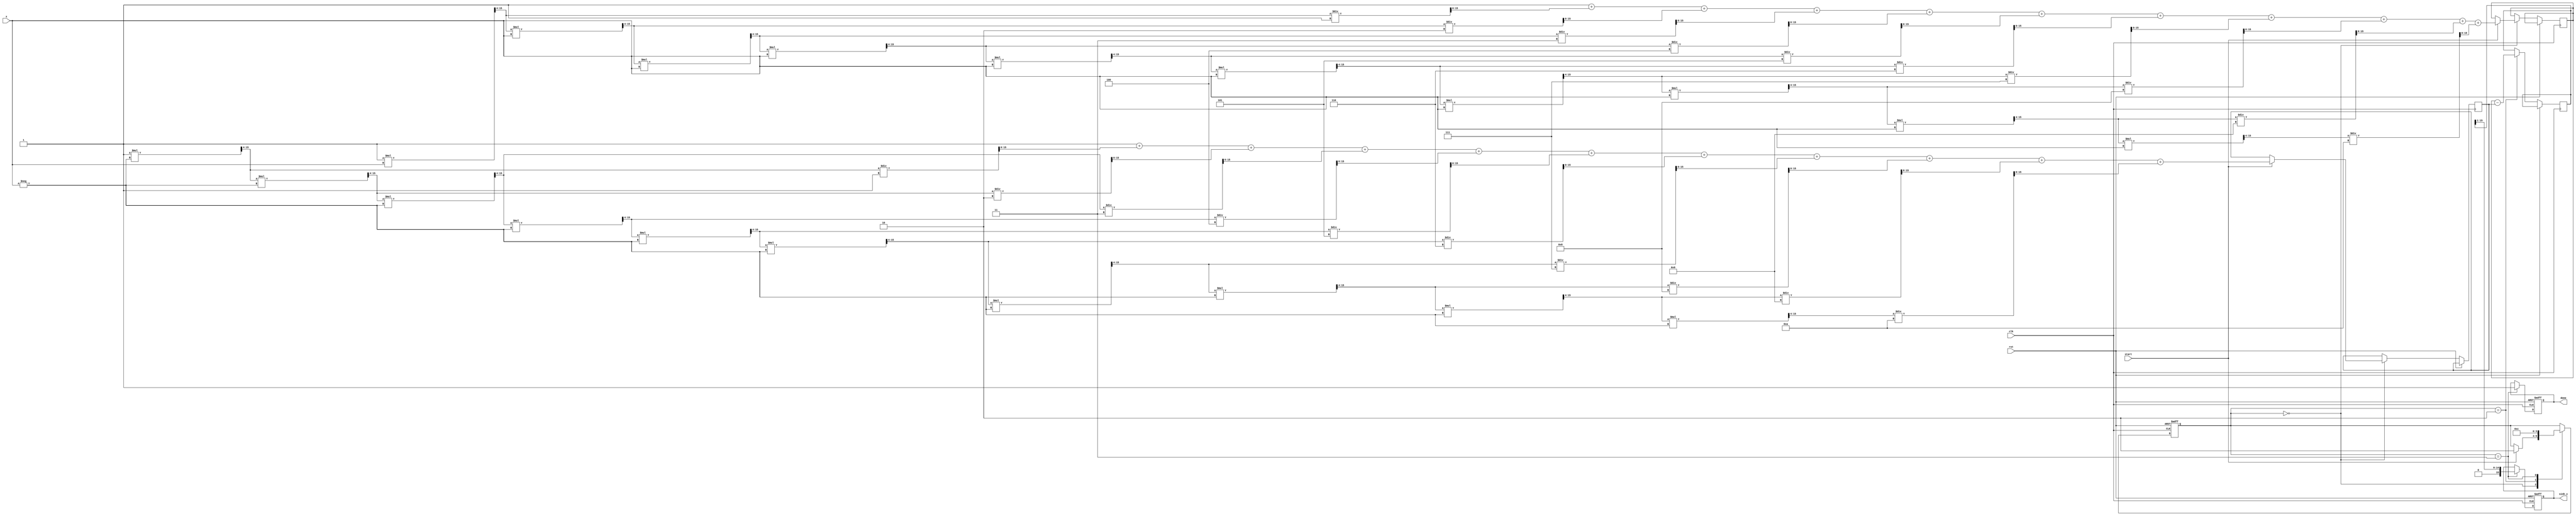
module sinh_block (
    input wire clk,               // Clock input
    input wire rst,               // Reset input
    input wire [15:0] x,          // Input value (fixed-point representation)
    input wire start,             // Start signal for computation
    output reg [15:0] sinh_x,     // Output value (fixed-point representation)
    output reg done               // Done signal
);

    // Internal signals
    reg [15:0] exp_x;             // e^x
    reg [15:0] exp_neg_x;         // e^(-x)
    reg [15:0] diff;              // e^x - e^(-x)
    reg [1:0] state;              // State for FSM
    reg [3:0] count;              // Counter for iterations

    // State encoding
    localparam IDLE = 2'b00,
               CALC_EXP = 2'b01,
               CALC_DIFF = 2'b10,
               DIVIDE = 2'b11;

    // Exponential approximation using Taylor series
    function [15:0] exp_approx(input [15:0] x);
        reg [15:0] term;
        reg [15:0] sum;
        integer i;
        begin
            sum = 16'h0001; // e^0 = 1
            term = 16'h0001; // First term (x^0 / 0!)
            for (i = 1; i <= 10; i = i + 1) begin
                term = (term * x) >> 4; // x^i / i! (scaled down)
                sum = sum + term / i;   // Add term to sum
            end
            exp_approx = sum;
        end
    endfunction

    // State machine for computation
    always @(posedge clk or posedge rst) begin
        if (rst) begin
            state <= IDLE;
            sinh_x <= 16'h0000;
            done <= 0;
            count <= 0;
        end else begin
            case (state)
                IDLE: begin
                    if (start) begin
                        exp_x <= exp_approx(x); // Calculate e^x
                        exp_neg_x <= exp_approx(-x); // Calculate e^(-x)
                        state <= CALC_DIFF;
                    end
                end
                CALC_DIFF: begin
                    diff <= exp_x - exp_neg_x; // Calculate e^x - e^(-x)
                    state <= DIVIDE;
                end
                DIVIDE: begin
                    sinh_x <= diff >> 1; // Divide by 2 (right shift)
                    done <= 1; // Indicate computation is done
                    state <= IDLE; // Go back to IDLE
                end
            endcase
        end
    end

endmodule